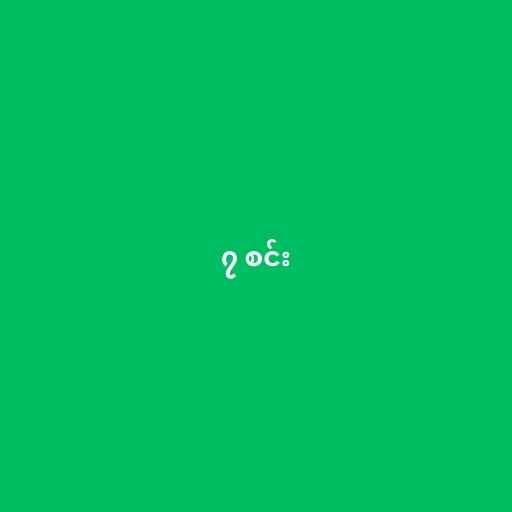
၇ စင်း